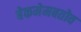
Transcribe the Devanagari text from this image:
बेकमेमबतोव